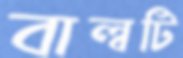
বাল্বটি